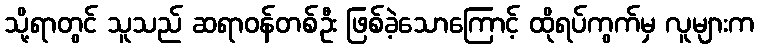
သို့ရာတွင် သူသည် ဆရာဝန်တစ်ဦး ဖြစ်ခဲ့သောကြောင့် ထိုရပ်ကွက်မှ လူများက